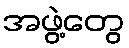
အဖွဲ့တွေ